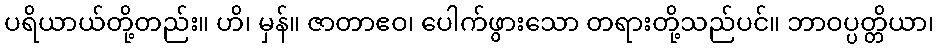
ပရိယာယ်တို့တည်း။ ဟိ၊ မှန်။ ဇာတာဧဝ၊ ပေါက်ဖွားသော တရားတို့သည်ပင်။ ဘာဝပ္ပတ္တိယာ၊